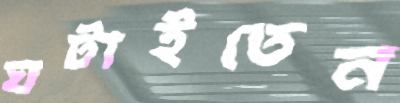
ঘটাইতেন